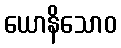
ယောနိသောဝ